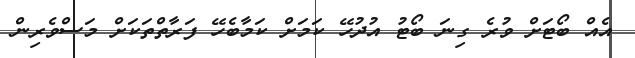
އެއް ބޯޓަށް ވުރެ ގިނަ ބޯޓު އުދުހޭ ކަމަށް ކަމާބެހޭ ފަރާތްތަކަށް މަސްވެރިން